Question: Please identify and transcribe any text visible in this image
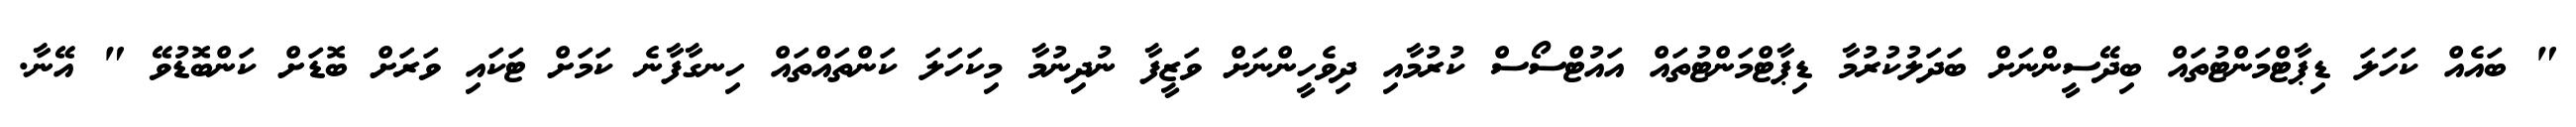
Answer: " ބައެއް ކަހަލަ ޑިޕާޓްމަންޓުތައް ބިދޭސީންނަށް ބަދަލުކުރުމާ ޑިޕާޓްމަންޓުތައް އައުޓްސޯސް ކުރުމާއި ދިވެހީންނަށް ވަޒީފާ ނުދިނުމާ މިކަހަލަ ކަންތައްތައް ހިނގާފާނެ ކަމަށް ޓަކައި ވަރަށް ބޮޑަށް ކަންބޮޑުވޭ " އޭނާ.